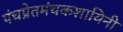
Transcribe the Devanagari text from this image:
पंचप्रेतमंचकशायिनी